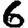
Digit: 6